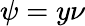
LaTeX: \psi=y\nu